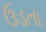
ઉડતા